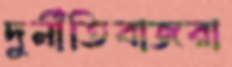
দুর্নীতিবাজরা